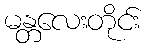
မန္တလေးတိုင်း